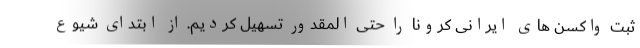
ثبت واکسن های ایرانی کرونا را حتی المقدور تسهیل کردیم. از ابتدای شیوع